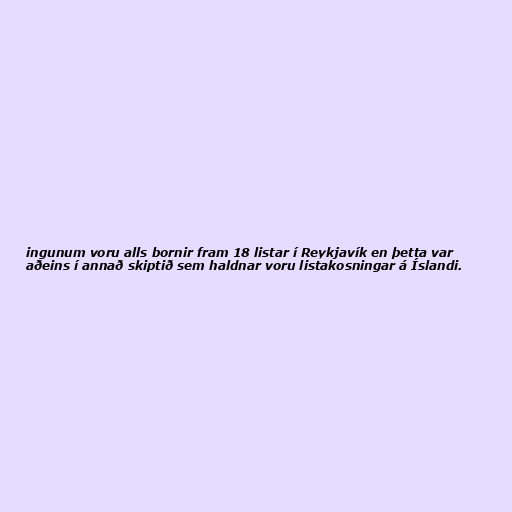
ingunum voru alls bornir fram 18 listar í Reykjavík en þetta var
aðeins í annað skiptið sem haldnar voru listakosningar á Íslandi.